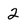
Character: 2